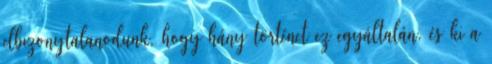
elbizonytalanodunk, hogy hány történet ez egyáltalán, és ki a